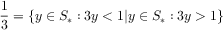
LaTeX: { \frac { 1 } { 3 } } = \{ y \in S _ { * } : 3 y < 1 | y \in S _ { * } : 3 y > 1 \}